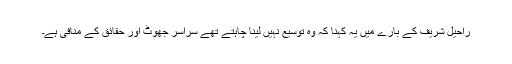
راحیل شریف کے بارے میں یہ کہنا کہ وہ توسیع نہیں لینا چاہتے تھے سراسر جھوٹ اور حقائق کے منافی ہے۔